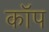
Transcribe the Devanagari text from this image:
काॅप